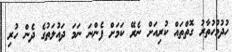
ހުދުމުހުތާރު ގޮތްތައް ކުރިއަށް ނެރޭ ކަމަށް ފެންނަ ނަމަ ދައުލަތުގެ ދެން ހުރި